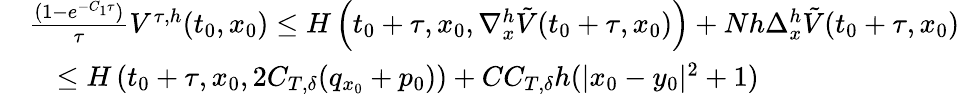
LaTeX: \begin{array}{rl}&{\frac{(1-e^{-C_{1}\tau})}\tau V^{\tau,h}(t_{0},x_{0})\leq H\left(t_{0}+\tau,x_{0},\nabla_{x}^{h}\tilde{V}(t_{0}+\tau,x_{0})\right)+Nh\Delta_{x}^{h}\tilde{V}(t_{0}+\tau,x_{0})}\\ &{\quad\leq H\left(t_{0}+\tau,x_{0},2C_{T,\delta}(q_{x_{0}}+p_{0})\right)+CC_{T,\delta}h(|x_{0}-y_{0}|^{2}+1)}\end{array}